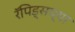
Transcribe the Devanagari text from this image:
रॅपिड्सच्या